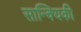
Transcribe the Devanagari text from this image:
सान्क्यिकी